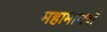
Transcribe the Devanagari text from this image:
महामानवों